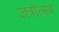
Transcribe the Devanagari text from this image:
जत्रोत्सव